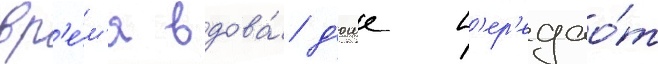
вр'е́м'я вдова́ д'юше п'ер'едао́т